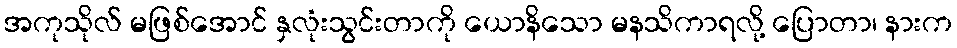
အကုသိုလ် မဖြစ်အောင် နှလုံးသွင်းတာကို ယောနိသော မနသိကာရလို့ ပြောတာ၊ နားက